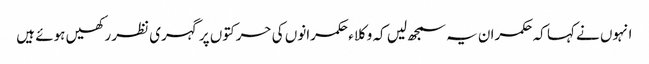
انہوں نے کہا کہ حکمران یہ سمجھ لیں کہ وکلاء حکمرانوں کی حرکتوں پر گہری نظر رکھیں ہوئے ہیں